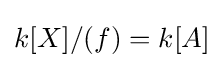
k[X]/(f)=k[A]